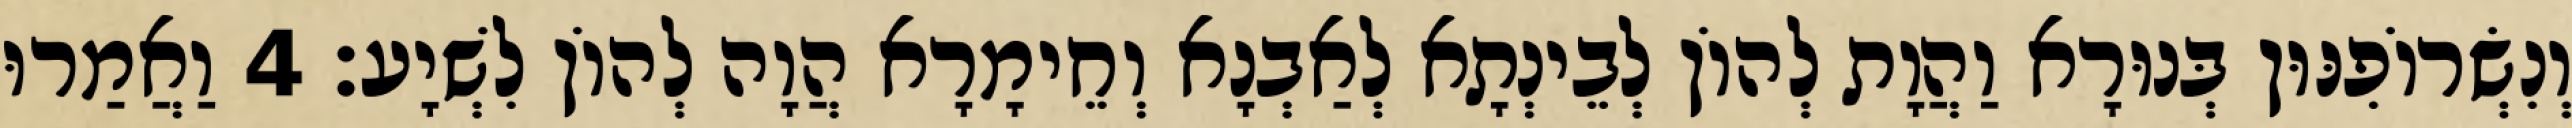
וְנִשְׂרוֹפִנּוּן בְּנוּרָא וַהֲוָת לְהוֹן לְבֵינְתָא לְאַבְנָא וְחֵימָרָא הֲוָה לְהוֹן לִשְׁיָע׃ 4 וַאֲמַרוּ